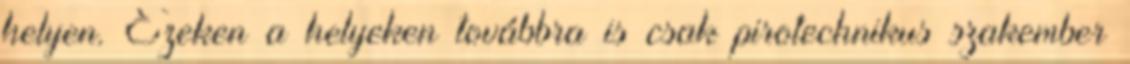
helyen. Ezeken a helyeken továbbra is csak pirotechnikus szakember